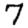
Digit: 7